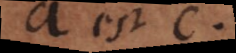
a est c